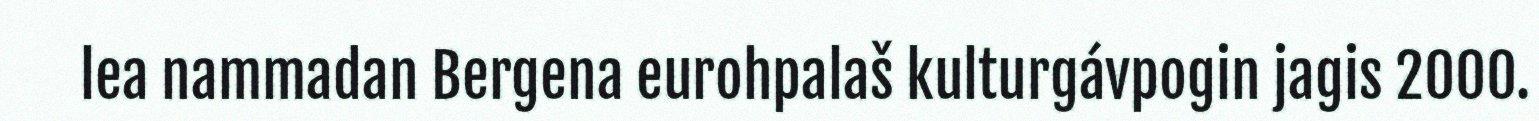
lea nammadan Bergena eurohpalaš kulturgávpogin jagis 2000.